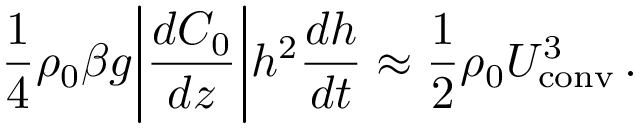
\frac { 1 } { 4 } \rho _ { 0 } \beta g \bigg | \frac { d C _ { 0 } } { d z } \bigg | h ^ { 2 } \frac { d h } { d t } \approx \frac { 1 } { 2 } \rho _ { 0 } U _ { \mathrm { c o n v } } ^ { 3 } \, .